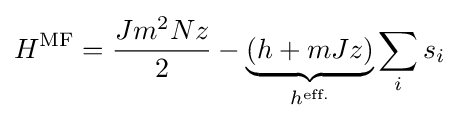
H^{\text{MF}}={\frac {Jm^{2}Nz}{2}}-\underbrace {(h+mJz)} _{h^{\text{eff.}}}\sum _{i}s_{i}